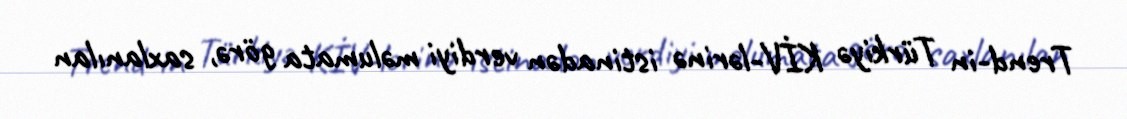
Trend-in Türkiyə KİV-lərinə istinadən verdiyi məlumata görə, saxlanılan